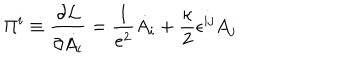
LaTeX: \Pi ^ { i } \equiv { \frac { \partial { \cal L } } { \partial \dot { A _ { i } } } } = \frac { 1 } { e ^ { 2 } } \dot { A } _ { i } + \frac { \kappa } { 2 } \epsilon ^ { i j } A _ { j }